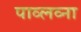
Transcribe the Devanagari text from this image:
पाव्लव्ना